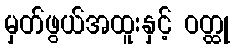
မှတ်ဖွယ်အထူးနှင့် ဝတ္ထု